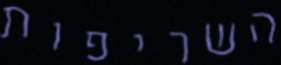
השריפות